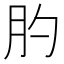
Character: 肑